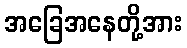
အခြေအနေတို့အား